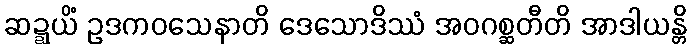
ဆဍ္ဍယိံ ဥဒကဝသေနာတိ ဒေသောဒိဿံ အဝဂစ္ဆတီတိ အာဒါယန္တိ